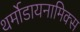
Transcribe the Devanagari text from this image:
थर्मोडायनामिक्‍स